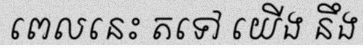
ពេលនេះ តទៅ យើង នឹង